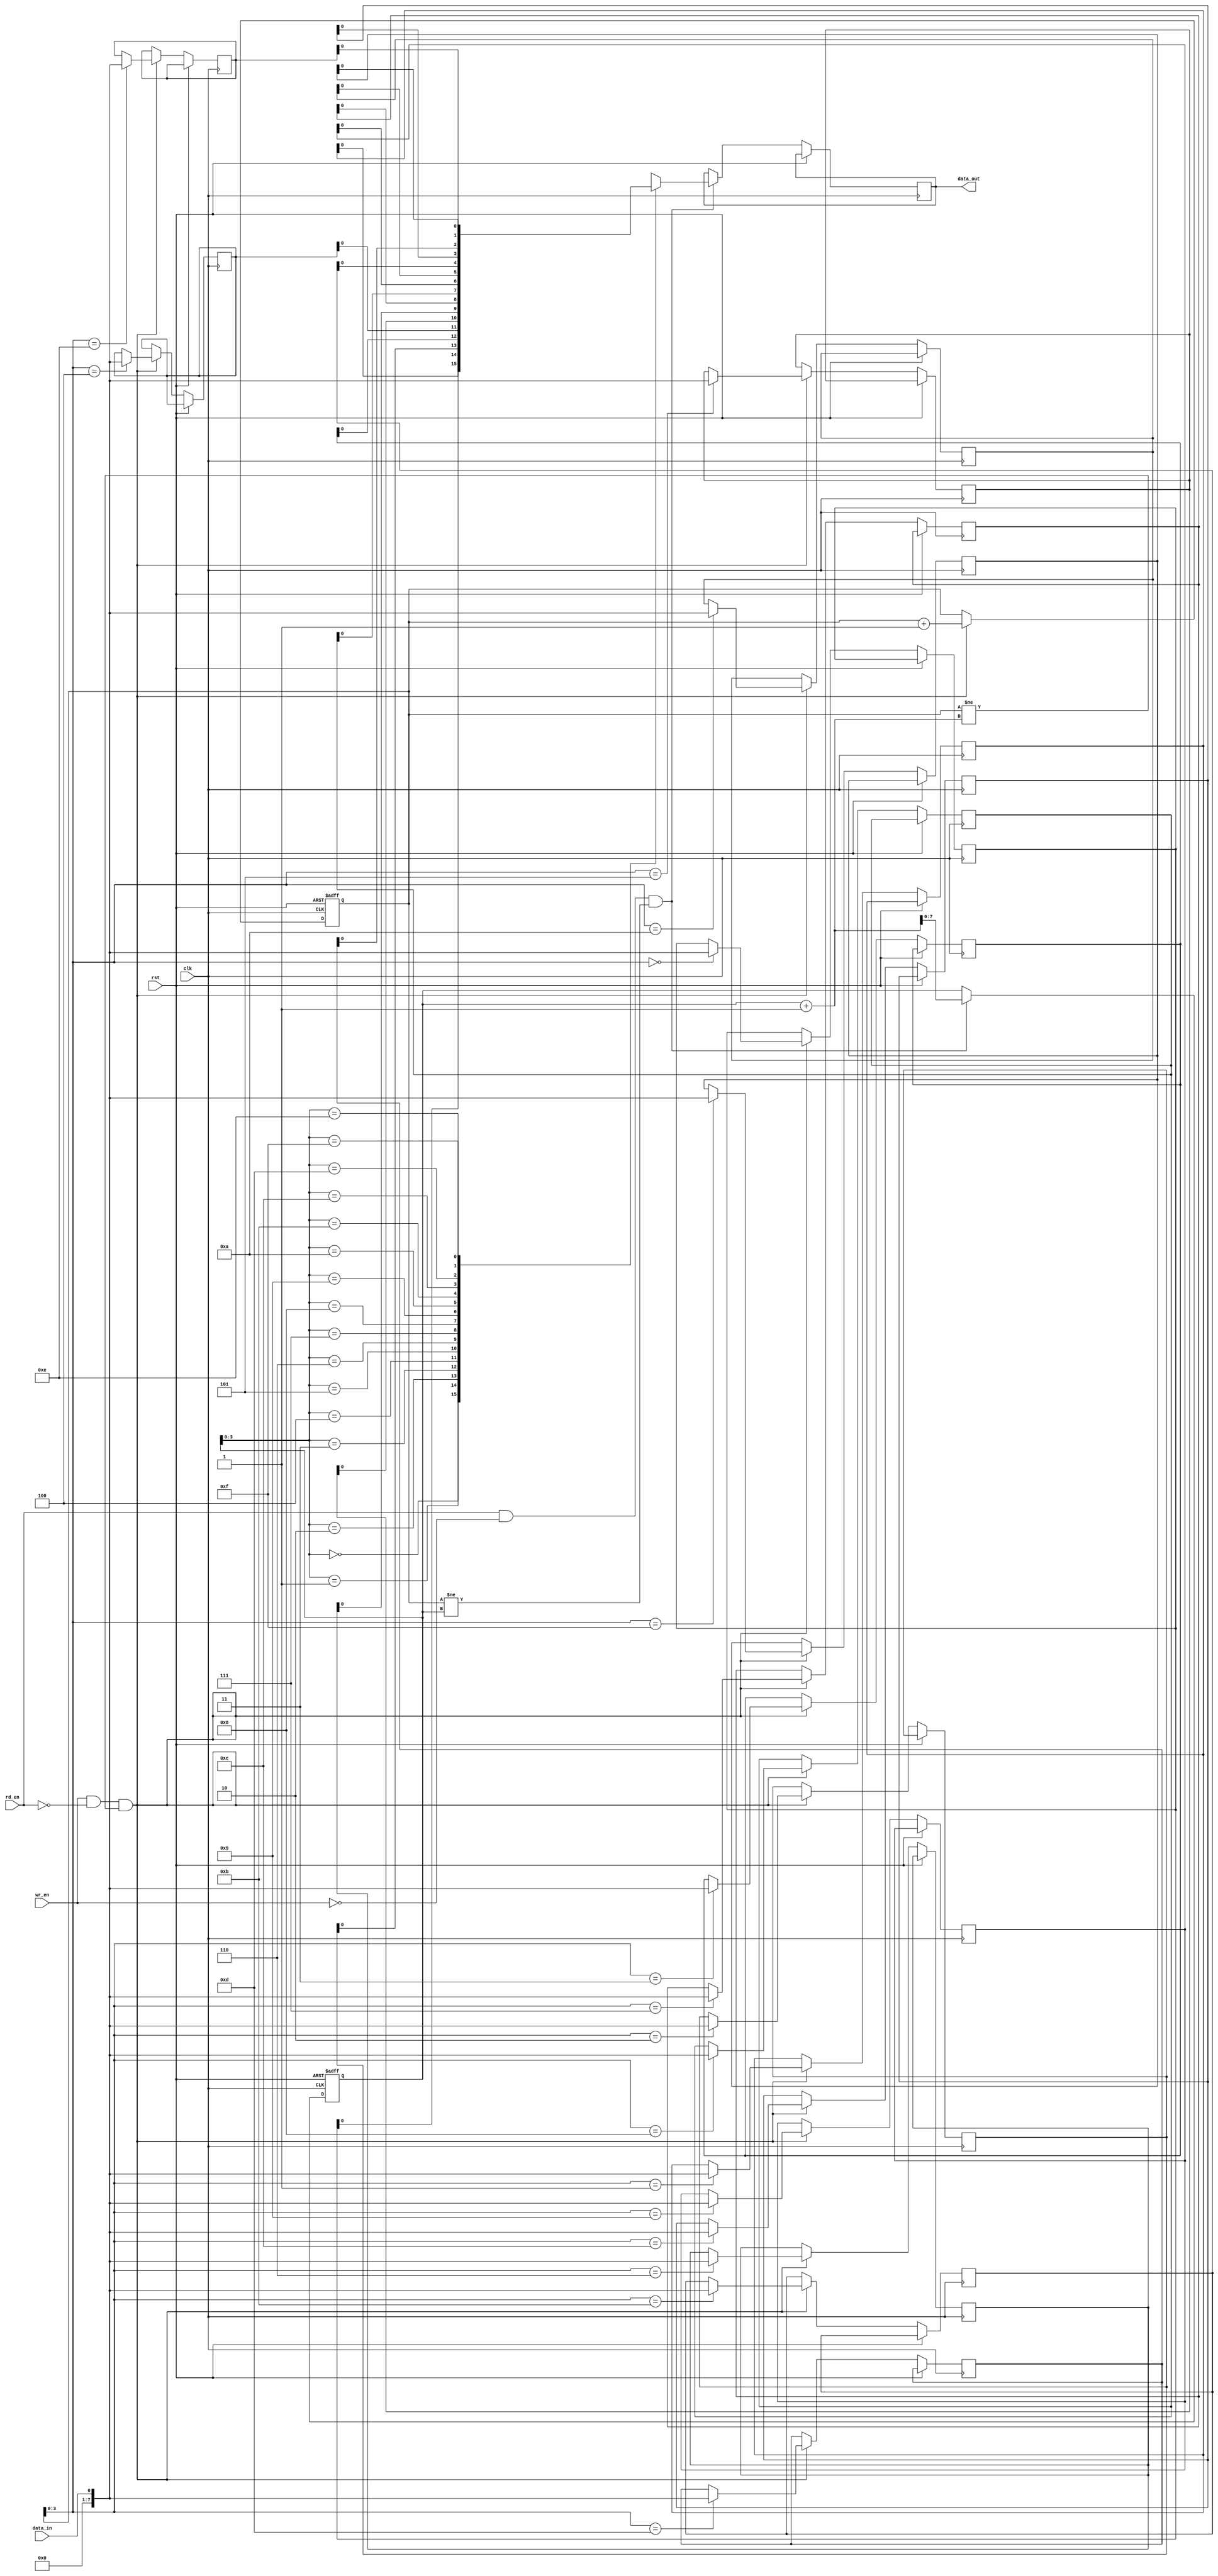
module synchronous_fifo(
    input wire clk,
    input wire rst,
    input wire wr_en,
    input wire rd_en,
    input wire data_in,
    output reg data_out
);

// Parameters
parameter WIDTH = 8;
parameter DEPTH = 16;

// FIFO memory elements
reg [WIDTH-1:0] fifo [0:DEPTH-1];
reg [WIDTH-1:0] read_ptr, write_ptr;

// Control logic to manage read and write pointers
always @(posedge clk or posedge rst) begin
    if (rst) begin
        read_ptr <= 0;
        write_ptr <= 0;
    end else begin
        if (wr_en && !rd_en && (write_ptr != read_ptr + 1)) begin
            fifo[write_ptr] <= data_in;
            write_ptr <= write_ptr + 1;
        end
        if (rd_en && !wr_en && (write_ptr != read_ptr)) begin
            data_out <= fifo[read_ptr];
            read_ptr <= read_ptr + 1;
        end
    end
end

// Clock signal generator
always @(posedge clk or posedge rst) begin
    // Clock signal generation for synchronization
end

// Handshaking logic for data transfer timing
always @(posedge clk or posedge rst) begin
    // Handshaking signals logic
end

endmodule